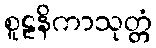
စူဠနိကာသုတ္တံ